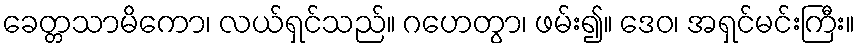
ခေတ္တသာမိကော၊ လယ်ရှင်သည်။ ဂဟေတွာ၊ ဖမ်း၍။ ဒေဝ၊ အရှင်မင်းကြီး။